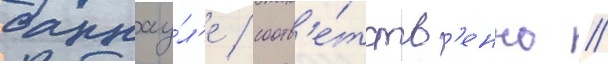
барнау́л'е / соотв'е́тств'енно //